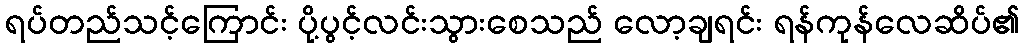
ရပ်တည်သင့်ကြောင်း ပို့ပွင့်လင်းသွားစေသည် လော့ချရင်း ရန်ကုန်လေဆိပ်၏